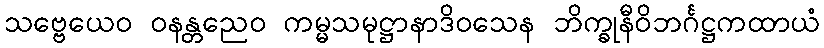
သဗ္ဗေယေဝ ဝနန္တညေဝ ကမ္မသမုဋ္ဌာနာဒိဝသေန ဘိက္ခုနီဝိဘင်္ဂဋ္ဌကထာယံ